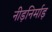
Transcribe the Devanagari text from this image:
नीड़निर्माड़